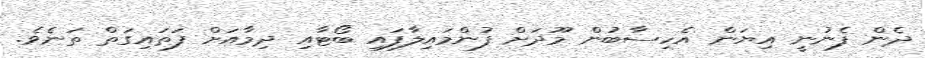
ދެން ފެނުނީ އިޔަން އެހިސާބުން މޫދަށް ފުންމައިލާފައި ބޯޓާއި ދިމާއަށް ފަތައިގަތް ތަނެވެ.